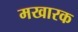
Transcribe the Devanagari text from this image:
मखारक